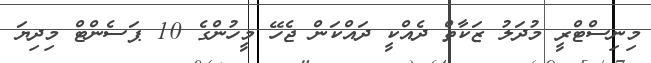
މިނިސްޓްރީ މުދަލު ޒަކާތް ދެއްކީ ދައްކަން ޖެހޭ މީހުންގެ 10 ޕަސެންޓް މިދިޔަ